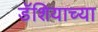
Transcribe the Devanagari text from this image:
डॅशियाच्या